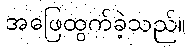
အဖြေထွက်ခဲ့သည်။